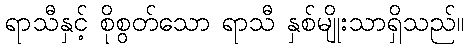
ရာသီနှင့် စိုစွတ်သော ရာသီ နှစ်မျိုးသာရှိသည်။